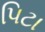
પિટા